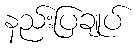
နည်းပြချုပ်